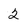
Character: 2